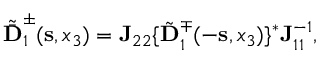
\begin{array} { r } { \tilde { \bar { { \bf D } } } _ { 1 } ^ { \pm } ( { \bf s } , x _ { 3 } ) = { \bf J } _ { 2 2 } \{ { \tilde { \bf D } } _ { 1 } ^ { \mp } ( - { \bf s } , x _ { 3 } ) \} ^ { * } { \bf J } _ { 1 1 } ^ { - 1 } , } \end{array}